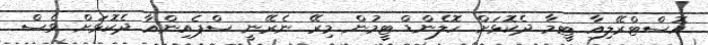
އޮސްޓްރޭލިއާ ޓީމާ ދެކޮޅަށް ހޮލެންޑް ޓީމުން މިރޭ ނެރޭނީ ސްޕެއިންއާ ދެކޮޅަށް ވެސް